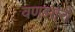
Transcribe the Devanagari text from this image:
वणझारों